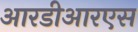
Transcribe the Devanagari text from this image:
आरडीआरएस